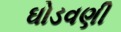
ઘોડવણી